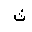
Letter: _tha